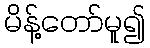
မိန့်တော်မူ၍